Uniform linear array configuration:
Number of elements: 4
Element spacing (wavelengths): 0.25
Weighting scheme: cosine
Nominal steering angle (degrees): -45
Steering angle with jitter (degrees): -45.126
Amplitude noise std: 0.05
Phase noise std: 0.05

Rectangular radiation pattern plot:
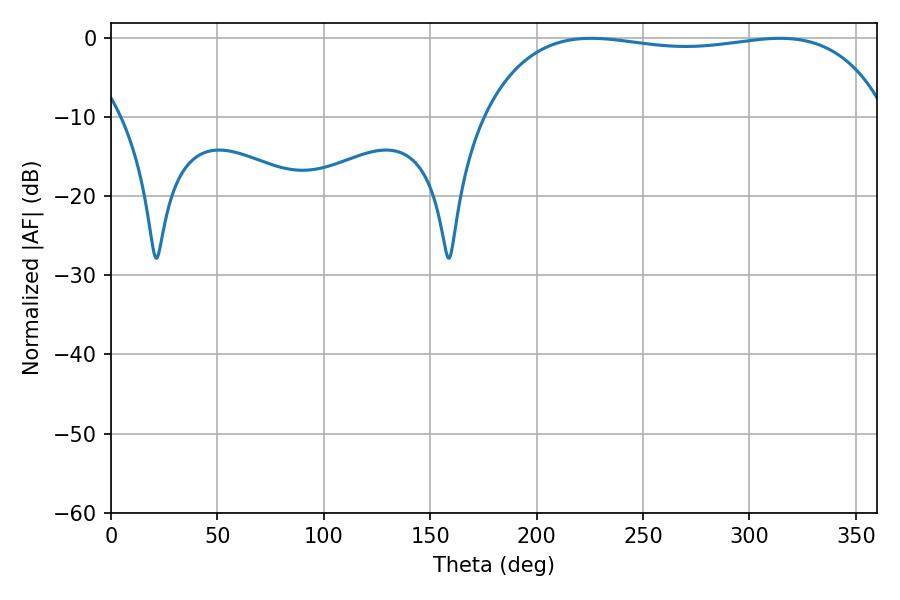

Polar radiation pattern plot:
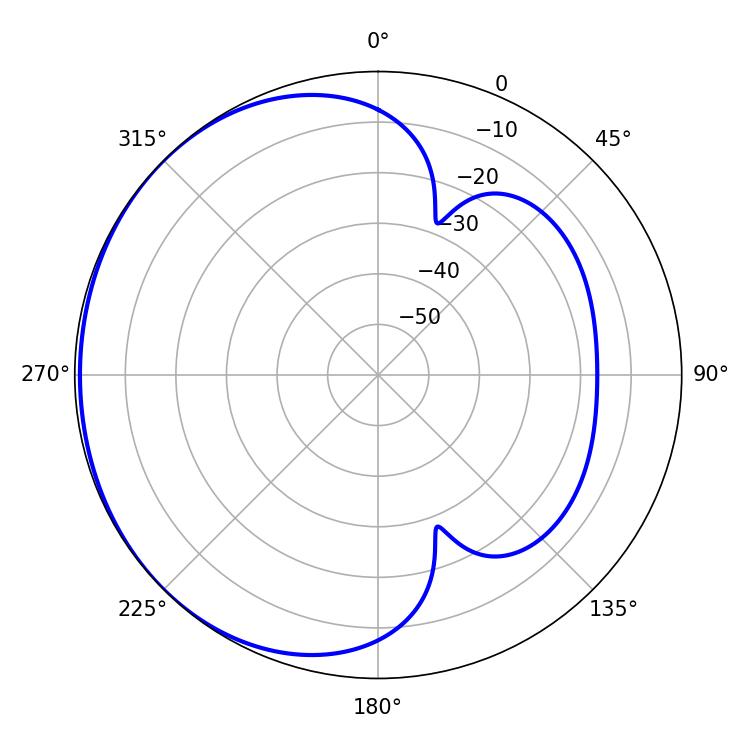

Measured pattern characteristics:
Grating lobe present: FALSE
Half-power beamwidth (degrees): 152.28
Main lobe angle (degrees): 225.54